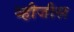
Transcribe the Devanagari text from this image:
व्हीजीस